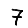
Digit: 7